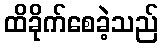
ထိခိုက်စေခဲ့သည်